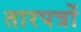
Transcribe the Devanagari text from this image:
तारपत्रों